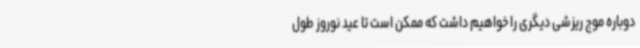
دوباره موج ریزشی دیگری را خواهیم داشت که ممکن است تا عید نوروز طول